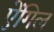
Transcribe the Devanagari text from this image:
ऐंगिल